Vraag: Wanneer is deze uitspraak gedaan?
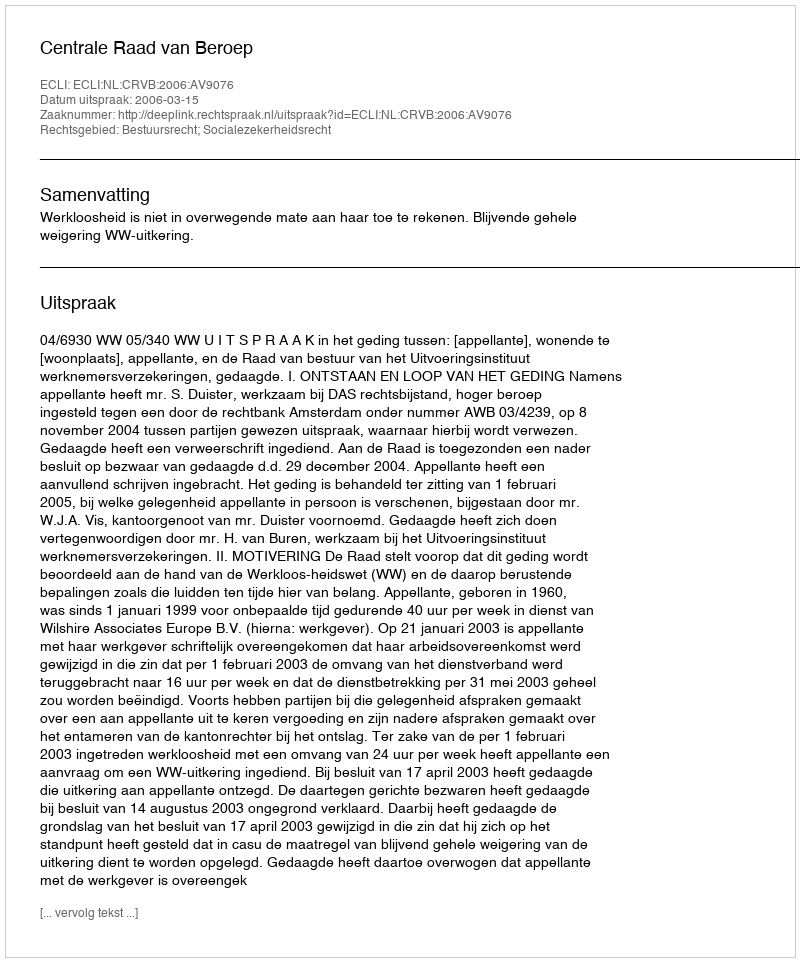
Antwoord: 2006-03-15